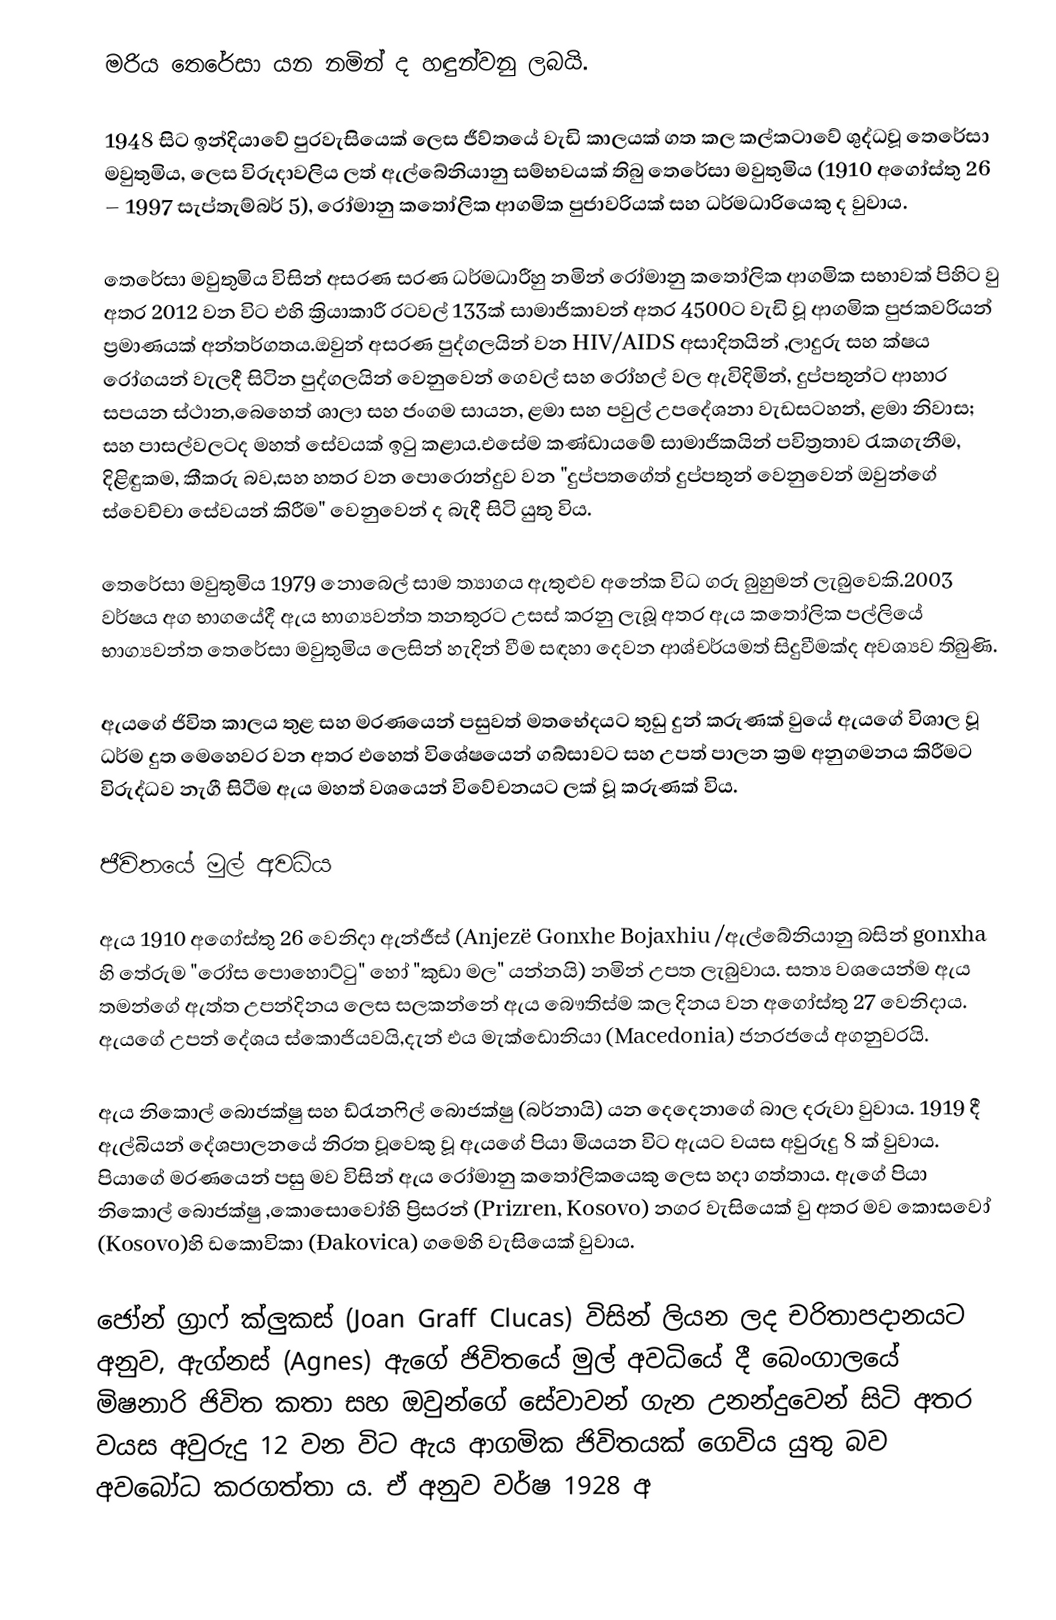
මරිය තෙරේසා යන නමින් ද හඳුන්වනු ලබයි.

1948 සිට ඉන්දියාවේ පුරවැසියෙක් ලෙස ජීව්තයේ වැඩි කාලයක් ගත කල කල්කටාවේ ශුද්ධවූ තෙරේසා මවුතුමිය, ලෙස විරුදාවලිය ලත් ඇල්බේනියානු සම්භවයක් තිබු තෙරේසා මවුතුමිය (1910 අගෝස්තු 26 – 1997 සැප්තැම්බර් 5), රෝමානු කතෝලික ආගමික පුජාවරියක් සහ ධර්මධාරියෙකු ද වුවාය.

තෙරේසා මවුතුමිය විසින් අසරණ සරණ ධර්මධාරීහු නමින් රෝමානු කතෝලික ආගමික සභාවක් පිහිට වු අතර 2012 වන විට එහි ක්‍රියාකාරී රටවල් 133ක් සාමාජිකාවන් අතර 4500ට වැඩි වූ ආගමික පුජකවරියන් ප්‍රමාණයක් අන්තර්ගතය.ඔවුන් අසරණ පුද්ගලයින් වන HIV/AIDS අසාදිතයින් ,ලාදුරු සහ ක්ෂය රෝගයන් වැලදී සිටින පුද්ගලයින් වෙනුවෙන් ගෙවල් සහ රෝහල් වල ඇවිදිමින්, දුප්පතුන්ට ආහාර සපයන ස්ථාන,බෙහෙත් ශාලා සහ ජංගම සායන, ළමා සහ පවුල් උපදේශනා වැඩසටහන්, ළමා නිවාස; සහ පාසල්වලටද මහත් සේවයක් ඉටු කළාය.එසේම කණ්ඩායමේ සාමාජිකයින් පවිත්‍රතාව රැකගැනීම, දිළිඳුකම, කීකරු බව,සහ හතර වන පොරොන්දුව වන "දුප්පතගේත් දුප්පතුන් වෙනුවෙන් ඔවුන්ගේ ස්වෙච්චා සේවයන් කිරීම" වෙනුවෙන් ද බැදී සිටි යුතු විය.

තෙරේසා මවුතුමිය 1979 නොබෙල් සාම ත්‍යාගය ඇතුළුව අනේක විධ ගරු බුහුමන් ලැබුවෙකි.2003 වර්ෂය අග භාගයේදී ඇය භාග්‍යවන්ත තනතුරට උසස් කරනු ලැබූ අතර ඇය කතෝලික පල්ලියේ භාග්‍යවන්ත තෙරේසා මවුතුමිය ලෙසින් හැදින් වීම සඳහා දෙවන ආශ්චර්යමත් සිදුවීමක්ද අවශ්‍යව තිබුණි.

ඇයගේ ජිවිත කාලය තුළ සහ මරණයෙන් පසුවත් මතභේදයට තුඩු දුන් කරුණක් වුයේ ඇයගේ විශාල වූ ධර්ම දුත මෙහෙවර වන අතර එහෙත් විශේෂයෙන් ගබ්සාවට සහ උපත් පාලන ක්‍රම අනුගමනය කිරීමට විරුද්ධව නැගී සිටීම ඇය මහත් වශයෙන් විවේචනයට ලක් වූ කරුණක් විය.

ජීවිතයේ මුල් අවධිය

ඇය 1910 අගෝස්තු 26 වෙනිදා ඇන්ජීස් (Anjezë Gonxhe Bojaxhiu /ඇල්බේනියානු බසින් gonxha හි තේරුම "රෝස පොහොට්ටු" හෝ "කුඩා මල" යන්නයි) නමින් උපත ලැබුවාය. සත්‍ය වශයෙන්ම ඇය තමන්ගේ ඇත්ත උපන්දිනය ලෙස සලකන්නේ ඇය බෞතිස්ම කල දිනය වන අගෝස්තු 27 වෙනිදාය.  ඇයගේ උපන් දේශය ස්කොජියවයි,දැන් එය මැක්ඩොනියා (Macedonia) ජනරජයේ අගනුවරයි.

ඇය නිකොල් බොජක්ෂු සහ ඩ්රැනෆිල් බොජක්ෂු (බර්නායි) යන දෙදෙනාගේ බාල දරුවා වුවාය.  1919 දී ඇල්බියන් දේශපාලනයේ නිරත වූවෙකු වූ ඇයගේ පියා මියයන විට ඇයට වයස අවුරුදු 8 ක් වුවාය. පියාගේ මරණයෙන් පසු මව විසින් ඇය රෝමානු කතෝලිකයෙකු ලෙස හදා ගත්තාය. ඇගේ පියා නිකොල් බොජක්ෂු ,කොසොවෝහි ප්‍රිසරන් (Prizren, Kosovo) නගර වැසියෙක් වු අතර මව කොසවෝ (Kosovo)හි ඩකොවිකා (Đakovica) ගමෙහි වැසියෙක් වුවාය.

ජෝන් ග්‍රාෆ් ක්ලුකස් (Joan Graff Clucas) විසින් ලියන ලද චරිතාපදානයට අනුව, ඇග්නස් (Agnes) ඇගේ ජිවිතයේ මුල් අවධියේ දී බෙංගාලයේ මිෂනාරි ජිවිත කතා සහ ඔවුන්ගේ සේවාවන් ගැන උනන්දුවෙන් සිටි අතර වයස අවුරුදු 12 වන විට ඇය ආගමික ජිවිතයක් ගෙවිය යුතු බව අවබෝධ කරගත්තා ය. ඒ අනුව වර්ෂ 1928 අ